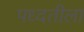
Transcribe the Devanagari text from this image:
पध्दतीला